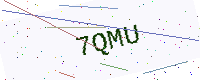
Text: 7QMU